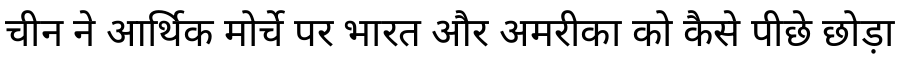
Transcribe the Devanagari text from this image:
चीन ने आर्थिक मोर्चे पर भारत और अमरीका को कैसे पीछे छोड़ा